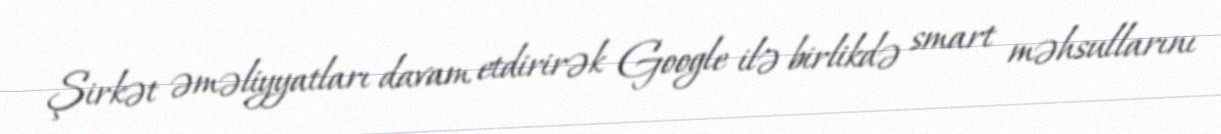
Şirkət əməliyyatları davam etdirirək Google ilə birlikdə smart məhsullarını